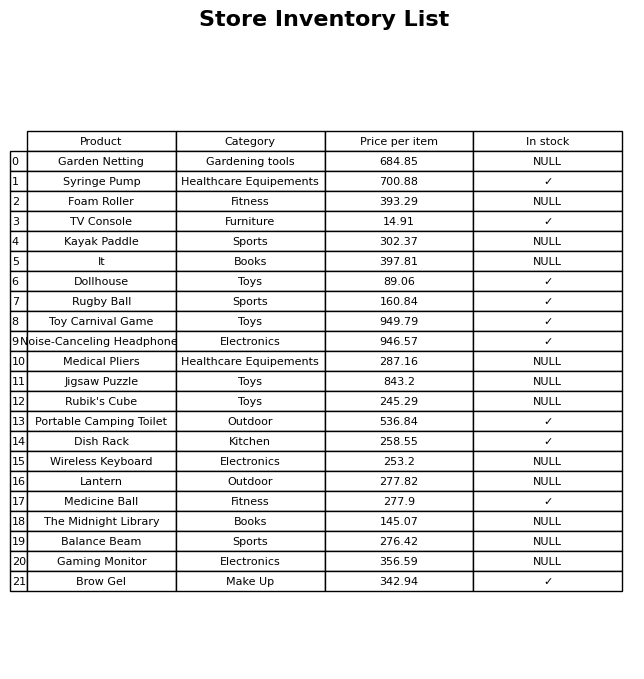
question: Which products are currently out of stock?
answer: Garden Netting, Foam Roller, Kayak Paddle, It, Medical Pliers, Jigsaw Puzzle, Rubik's Cube, Wireless Keyboard, Lantern, The Midnight Library, Balance Beam, Gaming Monitor